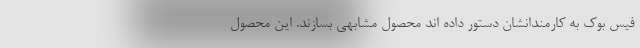
فیس بوک به کارمندانشان دستور داده اند محصول مشابهی بسازند. این محصول